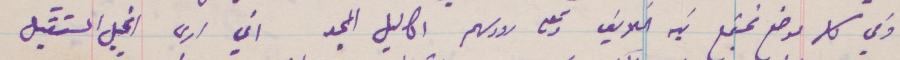
وفي كل موضع يجتمع فيه السلايف وتضع لاجلهم أكاليل المجد اني أرى انجيل المستقبل